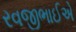
રવજીભાઈએ